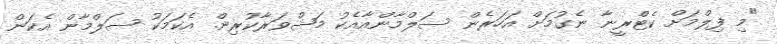
"މި ފިލްމަށް ކެޓްރީނާ ނެގުމަށް އަހަރެން ސަލްމާންއާއެކު މަޝްވަރާކުރިން. އެކަމަކު ސަލްމާން އެކަން